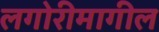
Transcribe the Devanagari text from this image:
लगोरीमागील